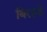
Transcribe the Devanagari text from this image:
बिरहडे